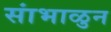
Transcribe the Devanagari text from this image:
सांभाळुन